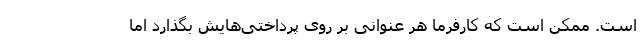
است. ممکن است که کارفرما هر عنوانی بر روی پرداختی‌هایش بگذارد اما